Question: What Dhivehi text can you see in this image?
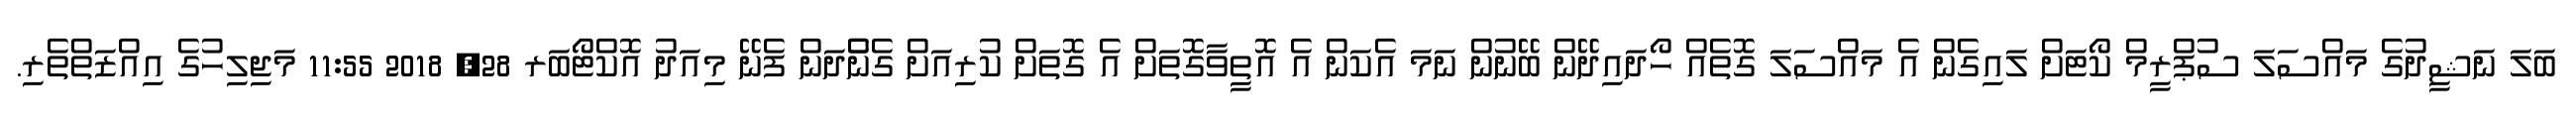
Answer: ބަލަ ނަޝީދުގެ މައްސަލަ ސުޕްރީމް ކޯޓަށް ލައިގެން އެ މައްސަލަ ގޮތެއް ހޯދައިދޭން ބޭނުން ނަމަ އެކަން އެ އޮތީވާގޮތަށް އެ ގޮތަށް ކުރިއަށް ގެންެދަން ފެނޭ މިއަދު އޮކްޓޯބަރ 28, 2018 11:55 މަޖިލިހުގެ އިއްޒަތްތެރި.